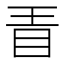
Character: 𣅨